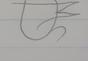
Signature authenticity: forged